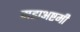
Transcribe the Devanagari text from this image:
महाअष्टमी